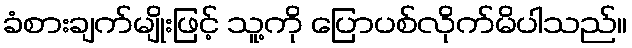
ခံစားချက်မျိုးဖြင့် သူ့ကို ပြောပစ်လိုက်မိပါသည်။